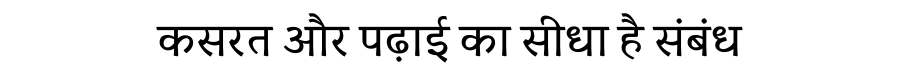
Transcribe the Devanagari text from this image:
कसरत और पढ़ाई का सीधा है संबंध